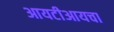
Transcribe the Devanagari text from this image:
आयटीआयचा